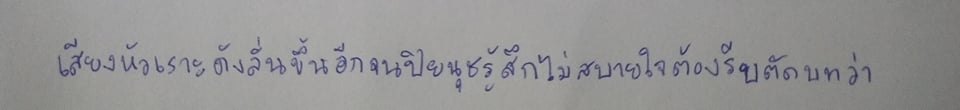
เสียงหัวเราะดังลั่นขึ้นอีกจนปิยนุชรู้สึกไม่สบายใจต้องรีบตัดบทว่า